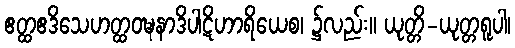
ဧတ္ထဧဒိသေဟတ္ထဝဍ္ဎနာဒိပါဋိဟာရိယေစ၊ ၌လည်း။ ယုတ္တိ-ယုတ္တရူပါ၊